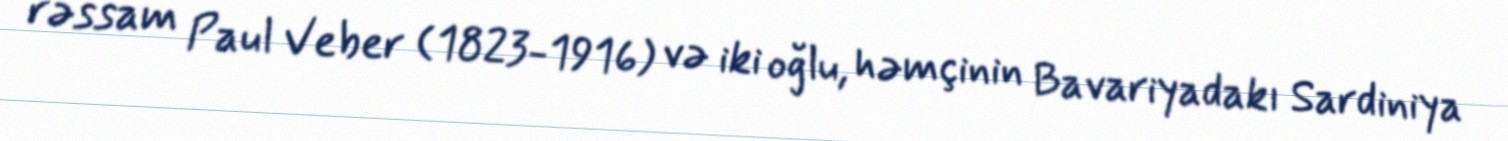
rəssam Paul Veber (1823-1916) və iki oğlu, həmçinin Bavariyadakı Sardiniya